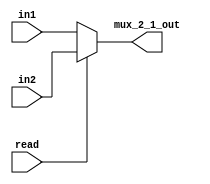
module mux_2_1(input [31:0] in1, in2, input read, output [31:0] mux_2_1_out);
assign mux_2_1_out[31:0] = read ? in2[31:0] : in1[31:0];
endmodule